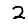
Digit: 2